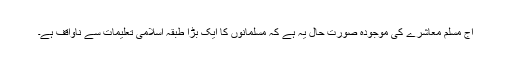
آج مسلم معاشرے کی موجودہ صورت حال یہ ہے کہ مسلمانوں کا ایک بڑا طبقہ اسلامی تعلیمات سے ناواقف ہے۔